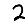
Digit: 2